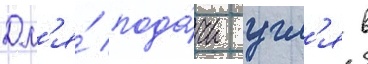
Дл'я́ пода́чи угл'я в